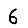
Digit: 6